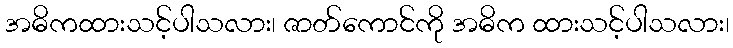
အဓိကထားသင့်ပါသလား၊ ဇာတ်ကောင်ကို အဓိက ထားသင့်ပါသလား၊